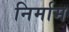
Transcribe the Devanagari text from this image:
निर्माम